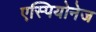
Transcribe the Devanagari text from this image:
एस्पियोनेज